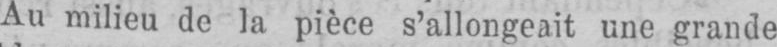
Au milieu de la pièce s’allongeait une grande